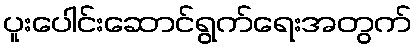
ပူးပေါင်းဆောင်ရွက်ရေးအတွက်